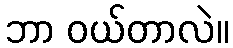
ဘာ ဝယ်တာလဲ။